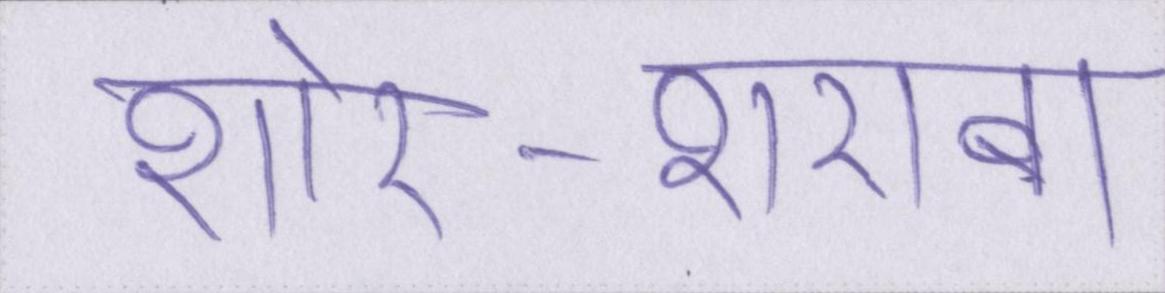
शोर-शराबा